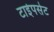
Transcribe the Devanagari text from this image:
टाईपसेट